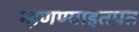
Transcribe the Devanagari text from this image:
म्हणण्याइतपत